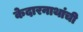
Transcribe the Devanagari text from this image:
केदारनाथांची